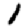
Digit: 1